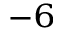
^ { - 6 }